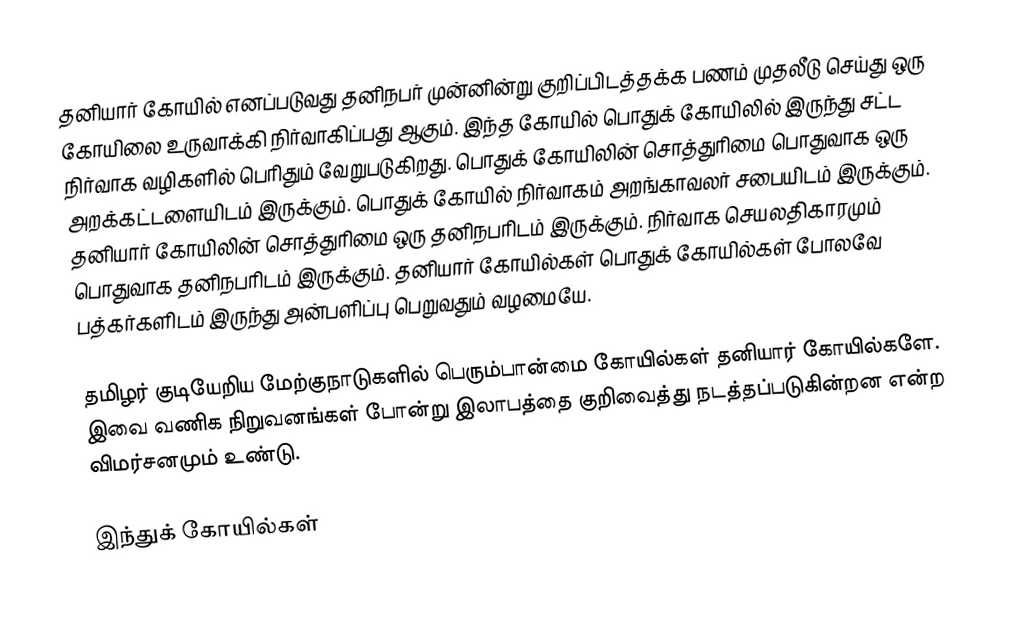
தனியார் கோயில் எனப்படுவது தனிநபர் முன்னின்று குறிப்பிடத்தக்க பணம் முதலீடு செய்து ஒரு கோயிலை உருவாக்கி நிர்வாகிப்பது ஆகும்.  இந்த கோயில் பொதுக் கோயிலில் இருந்து சட்ட நிர்வாக வழிகளில் பெரிதும் வேறுபடுகிறது.  பொதுக் கோயிலின் சொத்துரிமை பொதுவாக ஒரு அறக்கட்டளையிடம் இருக்கும்.  பொதுக் கோயில் நிர்வாகம் அறங்காவலர் சபையிடம் இருக்கும்.  தனியார் கோயிலின் சொத்துரிமை ஒரு தனிநபரிடம் இருக்கும்.  நிர்வாக செயலதிகாரமும் பொதுவாக தனிநபரிடம் இருக்கும்.  தனியார் கோயில்கள் பொதுக் கோயில்கள் போலவே பத்கர்களிடம் இருந்து அன்பளிப்பு பெறுவதும் வழமையே.

தமிழர் குடியேறிய மேற்குநாடுகளில் பெரும்பான்மை கோயில்கள் தனியார் கோயில்களே.  இவை வணிக நிறுவனங்கள் போன்று இலாபத்தை குறிவைத்து நடத்தப்படுகின்றன என்ற விமர்சனமும் உண்டு.

இந்துக் கோயில்கள்